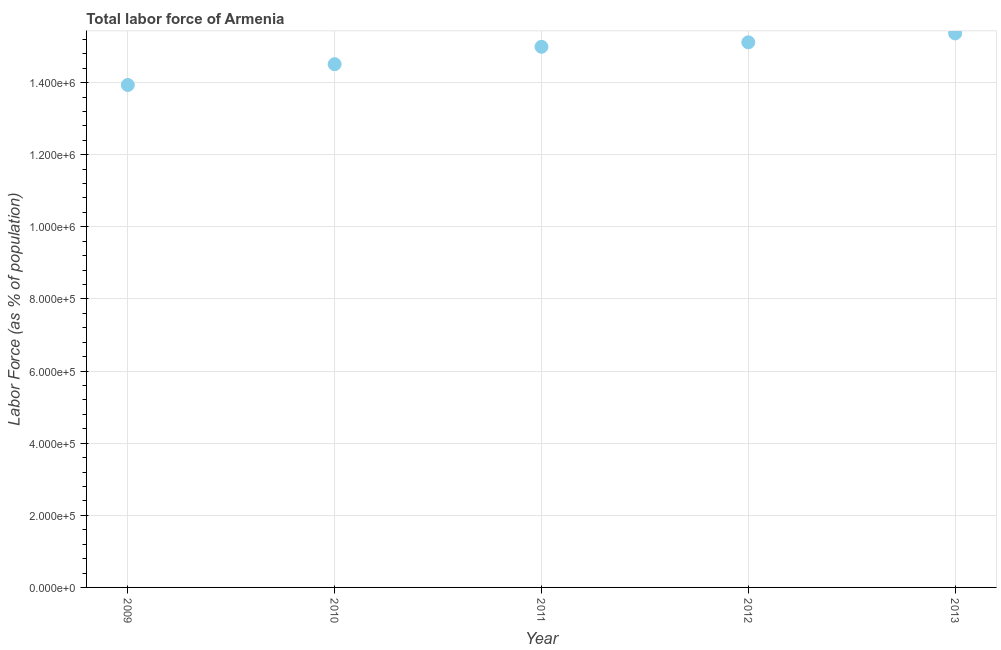
| Year | Labor force |
 | --- | --- |
 | 2009 | 1.39e+06 |
 | 2010 | 1.45e+06 |
 | 2011 | 1.5e+06 |
 | 2012 | 1.51e+06 |
 | 2013 | 1.54e+06 |